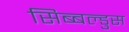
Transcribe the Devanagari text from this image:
सिब्बल्डुस